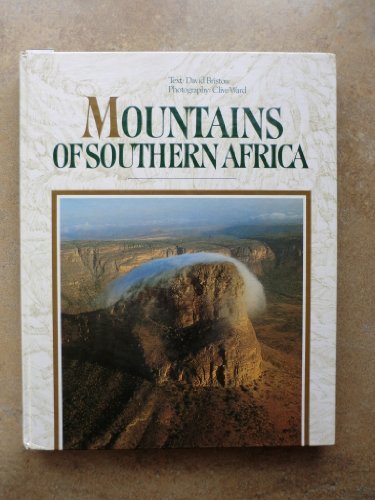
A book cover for Mountains of Southern Africa; David Bristow; Travel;